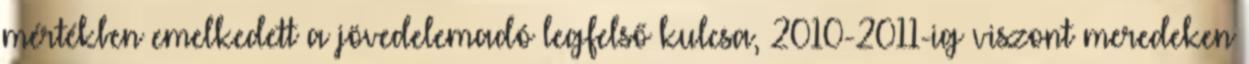
mértékben emelkedett a jövedelemadó legfelső kulcsa, 2010-2011-ig viszont meredeken